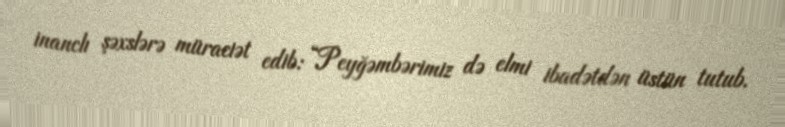
inanclı şəxslərə müraciət edib: “Peyğəmbərimiz də elmi ibadətdən üstün tutub.